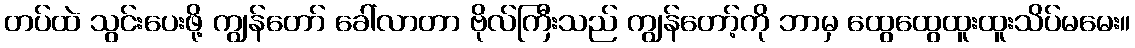
တပ်ထဲ သွင်းပေးဖို့ ကျွန်တော် ခေါ်လာတာ ဗိုလ်ကြီးသည် ကျွန်တော့်ကို ဘာမှ ထွေထွေထူးထူးသိပ်မမေး။